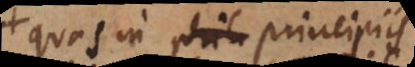
quae in ipsis principiis